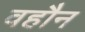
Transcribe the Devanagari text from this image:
वहौन